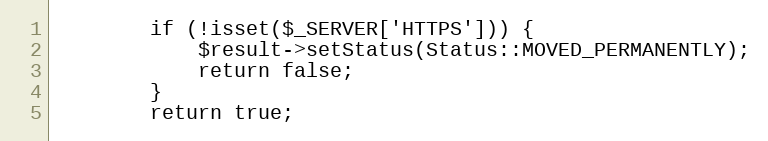
Language: PHP
        if (!isset($_SERVER['HTTPS'])) {
            $result->setStatus(Status::MOVED_PERMANENTLY);
            return false;
        }
        return true;